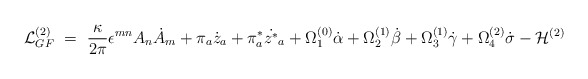
\begin{align*}{\cal L}^{(2)}_{GF}~=~ \frac{\kappa}{2 \pi} \epsilon^{mn} A_n {\dot A}_m + \pi_a {\dot z}_a + \pi^*_a \dot{z^*}_a + \Omega^{(0)}_1 \dot{\alpha} + \Omega^{(1)}_2 \dot{\beta} + \Omega^{(1)}_3 \dot{\gamma} + \Omega^{(2)}_4 \dot{\sigma} - {\cal H}^{(2)}\end{align*}